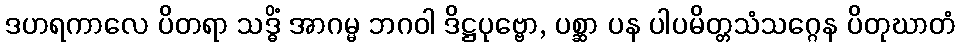
ဒဟရကာလေ ပိတရာ သဒ္ဓိံ အာဂမ္မ ဘဂဝါ ဒိဋ္ဌပုဗ္ဗော, ပစ္ဆာ ပန ပါပမိတ္တသံသဂ္ဂေန ပိတုဃာတံ